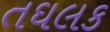
તઘલક